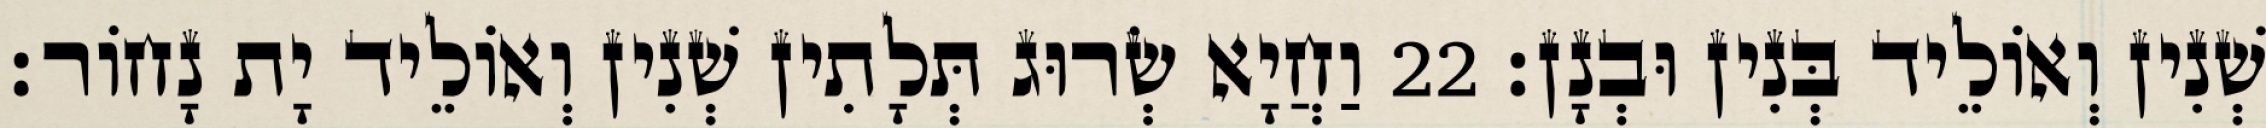
שְׁנִין וְאוֹלֵיד בְּנִין וּבְנָן׃ 22 וַחֲיָא שְׂרוּג תְּלָתִין שְׁנִין וְאוֹלֵיד יָת נָחוֹר׃